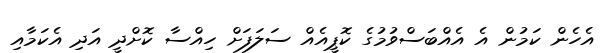
އެހެން ކަމުން އެ އެއްބަސްވުމުގެ ކޮޕީއެއް ސަލަފަށް ހިއްސާ ކޮށްދީ އަދި އެކަމާއި